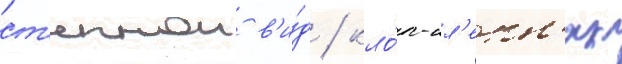
ст'епнои в'и́д / кло́п-сл'епн'як